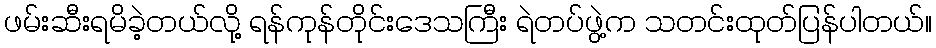
ဖမ်းဆီးရမိခဲ့တယ်လို့ ရန်ကုန်တိုင်းဒေသကြီး ရဲတပ်ဖွဲ့က သတင်းထုတ်ပြန်ပါတယ်။